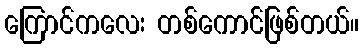
ကြောင်ကလေး တစ်ကောင်ဖြစ်တယ်။